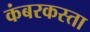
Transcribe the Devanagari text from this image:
कंबरकस्ता